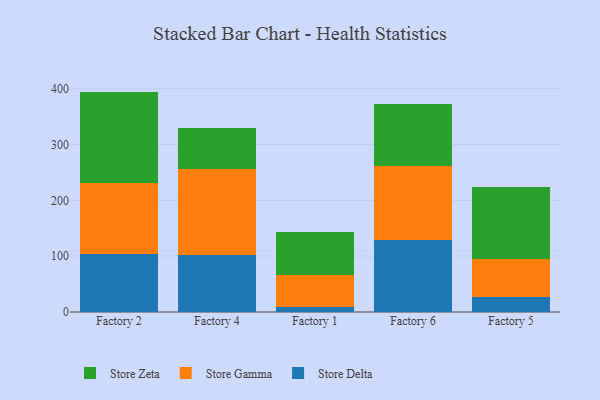
{"axis": {"x": "Factory", "y": "Operating Costs (USD K)"}, "legend": ["Store Delta", "Store Gamma", "Store Zeta"], "data": [{"x": "Factory 2", "y": 103.1, "type": "Store Delta"}, {"x": "Factory 2", "y": 127.8, "type": "Store Gamma"}, {"x": "Factory 2", "y": 164.0, "type": "Store Zeta"}, {"x": "Factory 4", "y": 102.1, "type": "Store Delta"}, {"x": "Factory 4", "y": 154.6, "type": "Store Gamma"}, {"x": "Factory 4", "y": 72.9, "type": "Store Zeta"}, {"x": "Factory 1", "y": 8.8, "type": "Store Delta"}, {"x": "Factory 1", "y": 57.7, "type": "Store Gamma"}, {"x": "Factory 1", "y": 77.0, "type": "Store Zeta"}, {"x": "Factory 6", "y": 129.2, "type": "Store Delta"}, {"x": "Factory 6", "y": 131.9, "type": "Store Gamma"}, {"x": "Factory 6", "y": 110.7, "type": "Store Zeta"}, {"x": "Factory 5", "y": 27.6, "type": "Store Delta"}, {"x": "Factory 5", "y": 68.1, "type": "Store Gamma"}, {"x": "Factory 5", "y": 128.2, "type": "Store Zeta"}]}